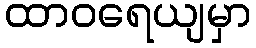
ထာဝရေယျမှာ